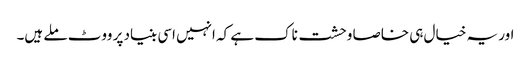
اور یہ خیال ہی خاصا وحشت ناک ہے کہ انہیں اسی بنیاد پر ووٹ ملے ہیں۔